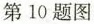
第10题图